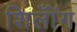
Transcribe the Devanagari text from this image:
शिलॉँग